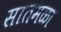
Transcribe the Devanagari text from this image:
सातमळा